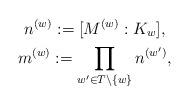
LaTeX: \begin{gather*} n^{(w)}:=[M^{(w)}:K_w],\\ m^{(w)}:=\prod_{w' \in T \setminus \{w\}} n^{(w')},\end{gather*}